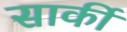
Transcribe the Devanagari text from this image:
सार्की